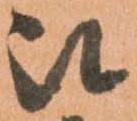
被